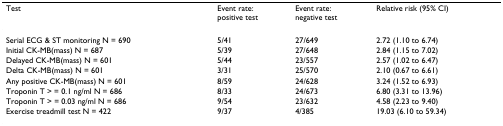
<table><thead><tr><td><b>Test</b></td><td><b>Event rate:positive test</b></td><td><b>Event rate:negative test</b></td><td><b>Relative risk (95% CI)</b></td></tr></thead><tbody><tr><td>Serial ECG &amp; ST monitoring N = 690</td><td>5/41</td><td>27/649</td><td>2.72 (1.10 to 6.74)</td></tr><tr><td>Initial CK-MB(mass) N = 687</td><td>5/39</td><td>27/648</td><td>2.84 (1.15 to 7.02)</td></tr><tr><td>Delayed CK-MB(mass) N = 601</td><td>5/44</td><td>23/557</td><td>2.57 (1.02 to 6.47)</td></tr><tr><td>Delta CK-MB(mass) N = 601</td><td>3/31</td><td>25/570</td><td>2.10 (0.67 to 6.61)</td></tr><tr><td>Any positive CK-MB(mass) N = 601</td><td>8/59</td><td>24/628</td><td>3.24 (1.52 to 6.93)</td></tr><tr><td>Troponin T &gt; = 0.1 ng/ml N = 686</td><td>8/33</td><td>24/673</td><td>6.80 (3.31 to 13.96)</td></tr><tr><td>Troponin T &gt; = 0.03 ng/ml N = 686</td><td>9/54</td><td>23/632</td><td>4.58 (2.23 to 9.40)</td></tr><tr><td>Exercise treadmill test N = 422</td><td>9/37</td><td>4/385</td><td>19.03 (6.10 to 59.34)</td></tr></tbody></table>